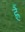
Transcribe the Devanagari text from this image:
ह्रैं